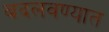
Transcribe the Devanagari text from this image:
बदलवण्यात